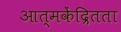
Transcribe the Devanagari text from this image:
आत्मकेंद्रितता